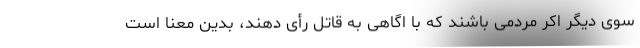
سوی دیگر اکر مردمی باشند که با اگاهی به قاتل رأی دهند، بدین معنا است